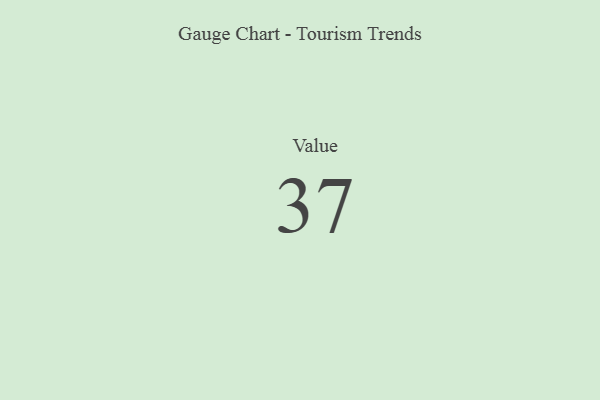
{"axis": {"x": "Metric", "y": "Value"}, "legend": [""], "data": [{"x": "Value", "y": 37, "type": ""}]}